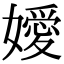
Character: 嬡